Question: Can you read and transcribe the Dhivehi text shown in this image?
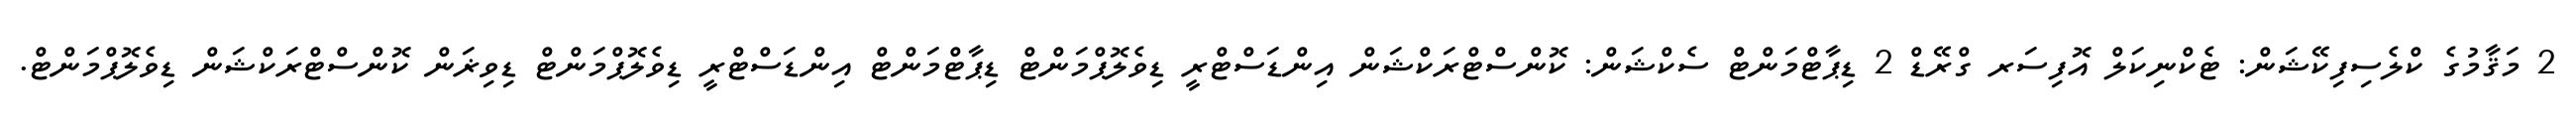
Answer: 2 މަޤާމުގެ ކްލެސިފިކޭޝަން: ޓެކްނިކަލް އޮފިސަރ ގްރޭޑް 2 ޑިޕާޓްމަންޓް ސެކްޝަން: ކޮންސްޓްރަކްޝަން އިންޑަސްޓްރީ ޑިވެލޮޕްމަންޓް ޑިޕާޓްމަންޓް އިންޑަސްޓްރީ ޑިވެލޮޕްމަންޓް ޑިވިޜަން ކޮންސްޓްރަކްޝަން ޑިވެލޮޕްމަންޓް.